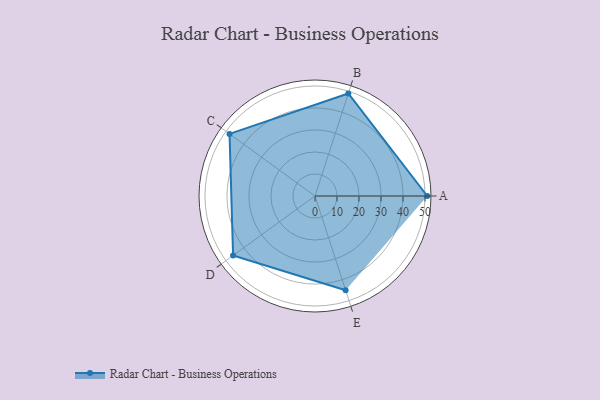
{"axis": {"x": "Skill", "y": "Score"}, "legend": ["Profile"], "data": [{"x": "A", "y": 51.0, "type": "Profile"}, {"x": "B", "y": 49.0, "type": "Profile"}, {"x": "C", "y": 48.0, "type": "Profile"}, {"x": "D", "y": 46.0, "type": "Profile"}, {"x": "E", "y": 45.0, "type": "Profile"}]}